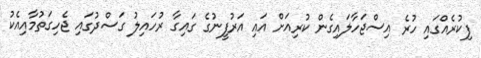
ފިކުރެއްގައި ހުރެ އިސްޖަހާލައިގެން ކުރިއަށް އައި އަރުފީނުގެ ގައިގާ ރުހައިލު ގަސްދުގައި ޖެހިގަތުމާއިއެކު